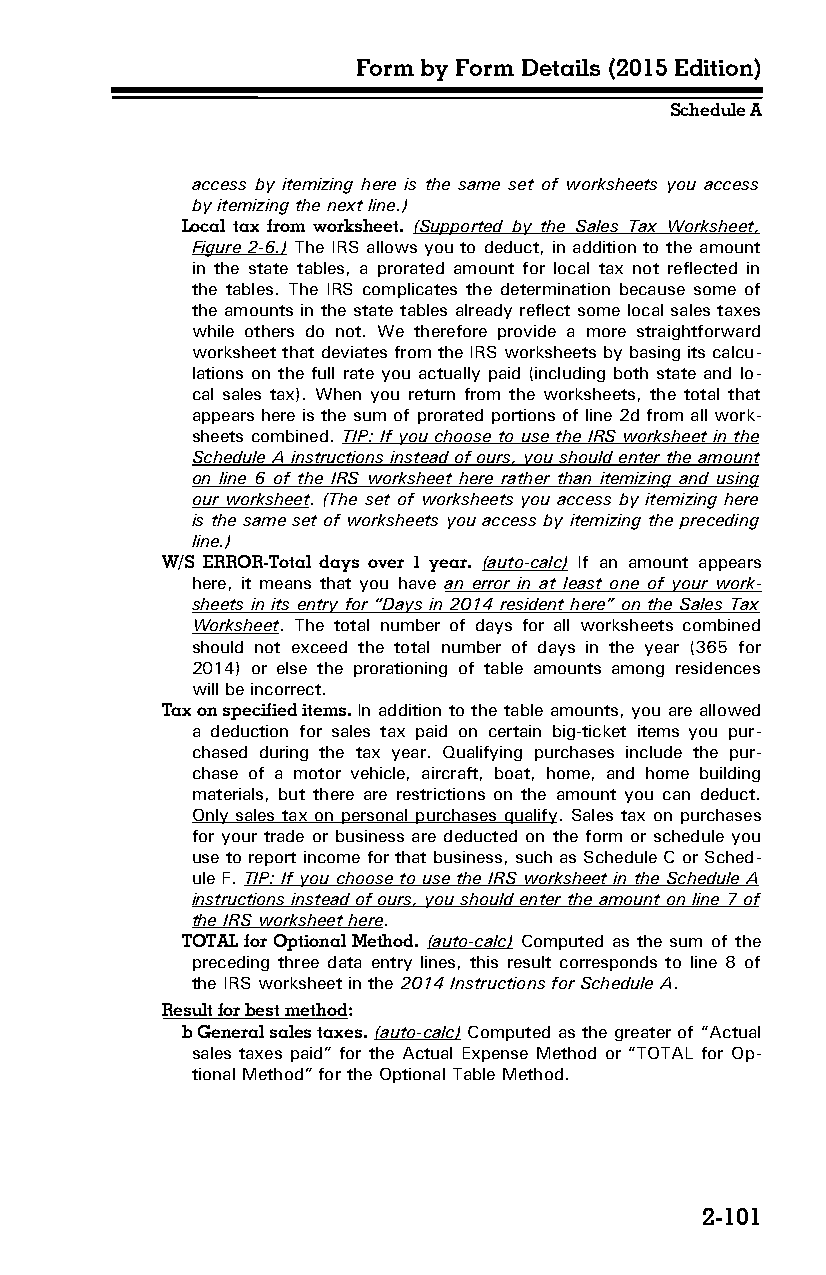
Form by Form Details (2015 Edition)
 Schedule A
 access by itemizing here is the same set of worksheets you access
 by itemizing the next line.)
 Local tax from worksheet. (Supported by the Sales Tax Worksheet,
 Figure 2-6.) The IRS allows you to deduct, in addition to the amount
 in the state tables, a prorated amount for local tax not reflected in
 the tables. The IRS complicates the determination because some of
 the amounts in the state tables already reflect some local sales taxes
 while others do not. We therefore provide a more straightforward
 worksheet that deviates from the IRS worksheets by basing its calcu­
 lations on the full rate you actually paid (including both state and lo­
 cal sales tax). When you return from the worksheets, the total that
 appears here is the sum of prorated portions of line 2d from all work­
 sheets combined. TIP: If you choose to use the IRS worksheet in the
 Schedule A instructions instead of ours, you should enter the amount
 on line 6 of the IRS worksheet here rather than itemizing and using
 our worksheet. (The set of worksheets you access by itemizing here
 is the same set of worksheets you access by itemizing the preceding
 line.)
 W/S ERROR-Total days over 1 year. (auto-calc) If an amount appears
 here, it means that you have an error in at least one of your work­
 sheets in its entry for “Days in 2014 resident here” on the Sales Tax
 Worksheet. The total number of days for all worksheets combined
 should not exceed the total number of days in the year (365 for
 2014) or else the prorationing of table amounts among residences
 will be incorrect.
 Tax on specified items. In addition to the table amounts, you are allowed
 a deduction for sales tax paid on certain big-ticket items you pur­
 chased during the tax year. Qualifying purchases include the pur­
 chase of a motor vehicle, aircraft, boat, home, and home building
 materials, but there are restrictions on the amount you can deduct.
 Only sales tax on personal purchases qualify. Sales tax on purchases
 for your trade or business are deducted on the form or schedule you
 use to report income for that business, such as Schedule C or Sched­
 ule F. TIP: If you choose to use the IRS worksheet in the Schedule A
 instructions instead of ours, you should enter the amount on line 7 of
 the IRS worksheet here.
 TOTAL for Optional Method. (auto-calc) Computed as the sum of the
 preceding three data entry lines, this result corresponds to line 8 of
 the IRS worksheet in the 2014 Instructions for Schedule A.
 Result for best method:
 b General sales taxes. (auto-calc) Computed as the greater of “Actual
 sales taxes paid” for the Actual Expense Method or “TOTAL for Op­
 tional Method” for the Optional Table Method.
 2-101